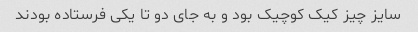
سایز چیز کیک کوچیک بود و به جای دو تا یکی فرستاده بودند